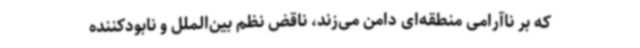
که بر ناآرامی منطقه‌ای دامن می‌زند، ناقض نظم بین‌الملل و نابودکننده